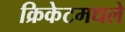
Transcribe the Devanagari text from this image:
क्रिकेटमधले